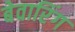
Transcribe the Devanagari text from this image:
बेवारिंग